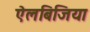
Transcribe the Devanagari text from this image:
ऐलबिजिया